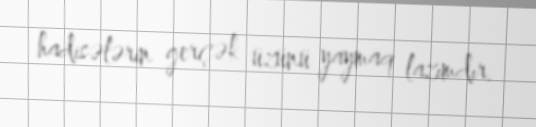
hadisələrin gerçək üzünü yaymaq lazımdır.